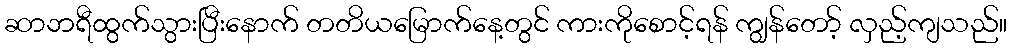
ဆာဘရီထွက်သွားပြီးနောက် တတိယမြောက်နေ့တွင် ကားကိုစောင့်ရန် ကျွန်တော့် လှည့်ကျသည်။